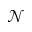
{ \mathcal N }